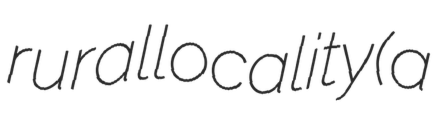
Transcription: rural locality (a